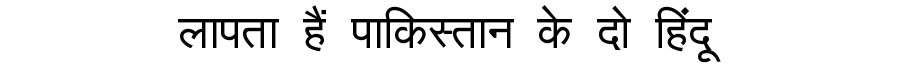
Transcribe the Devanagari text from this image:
लापता हैं पाकिस्तान के दो हिंदू